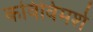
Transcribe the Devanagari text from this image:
कविविमर्श